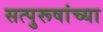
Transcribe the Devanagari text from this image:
सत्पुरूषांच्या